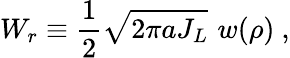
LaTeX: W_{r}\equiv\frac 12\sqrt{2\pi aJ_{L}}\, \, w(\rho)\ ,